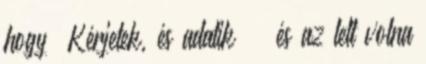
hogy „Kérjetek, és adatik” – és az lett volna